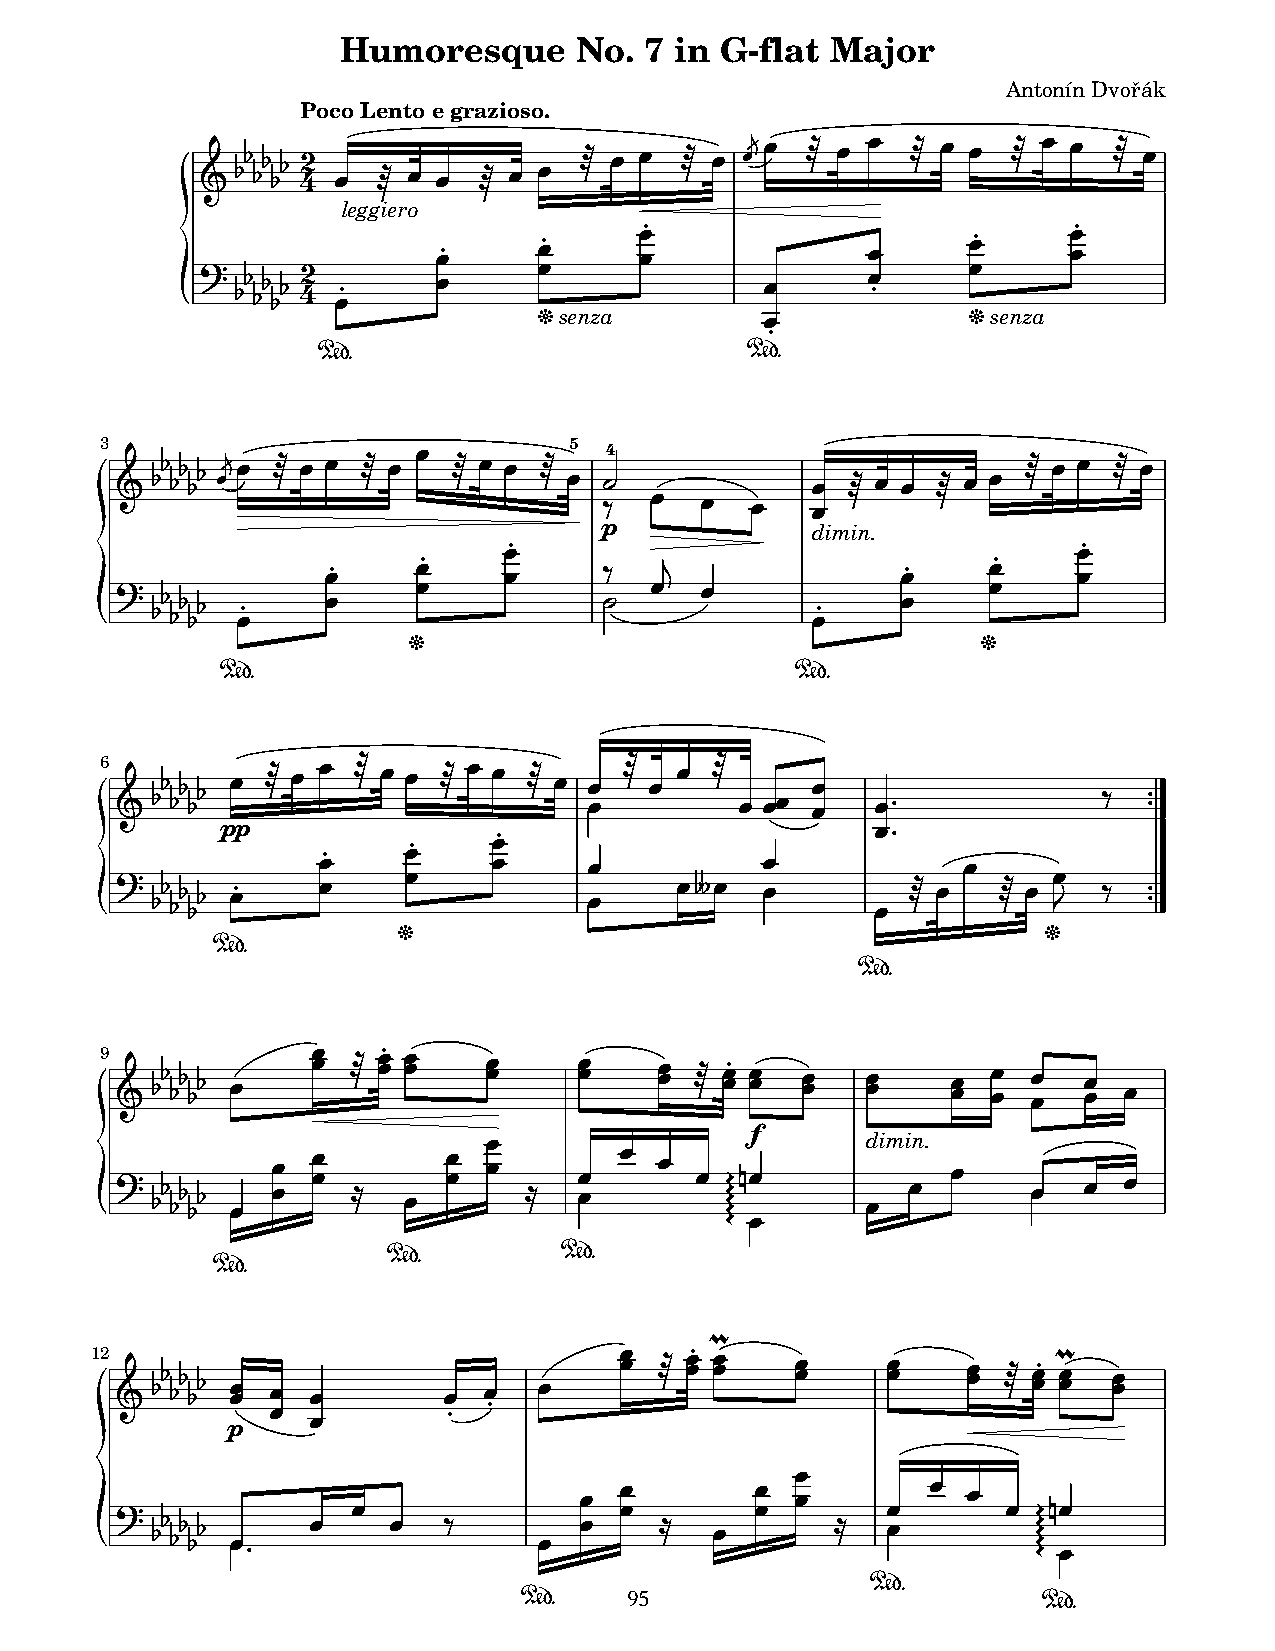
Humoresque     No.  7 in G-flat Major
 Antonín Dvořák
 Poco Lento e grazioso.
 (  '' '' '' 42 ! # ! ! # ! ! # ! ! # ! #!" ! # ! ! # ! ! # ! ! # !
 leggiero
 "                           "
 2
 !"
 !"    !!
 !
 !"     !!
 ! ) '' '' '' 4 !" !    !              !     ! "    !
 senza                        senza
 &              !            &
 "
 %$                          %$
 3                              5 4
 !"           !
 ( '' '' '' # ! # ! ! # ! # ! ! # ! *          ! # ! ! # ! ! # ! ! # !
 p+ !  !   !   !
 dimin.
 "                                     "
 "    !          ,                     "    !
 !"    !    !      +                   !"   !     !
 " ) '' '' '' !" !    !           *  !  !       !"    !    !
 &                                     &
 %$                                    %$
 6 ( '' '' '' p! p # ! ! # ! ! # ! ! # ! ! ! # ! ! # ! !! !! !-    +  - -
 "                        !-
 "     !
 "    !
 !           !     !           !            !
 # ) '' '' '' !" !   !           !     ! /!  !
 !
 # !   # ! !
 .
 +  - -
 &                                          &
 %$
 %$
 9 ( '' '' '' ! ! ! # ! !" ! ! ! ! ! ! !! # ! !" ! ! ! ! !! ! ! ! ! !! !! !
 f
 !                        dimin.
 $ ) '' '' '' !! ! ! ! ! 2 ! ! ! ! 2 ! ! ! ! ! 0 0 0 01! ! ! ! !! ! !
 0 !
 %$         %$
 %$
 3
 12 ( '' '' '' !! ! !   !  ! " !    ! ! # ! !" ! ! ! ! ! ! !! # !!" ! !3 !!
 p  !           "
 !
 !
 !  !        !  !        ! !
 % ) '' '' ''
 !-
 ! !  !  +
 !
 !  !  2  !  !    2   !!      ! 0 0 0
 0
 01!
 !
 %$
 95
 %$                                 %$